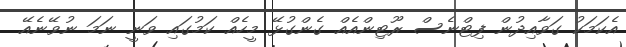
އެކަމަކު ގަވާއިދުން ފިޓްނެސް ރޫޓިންއެއް ގެންގުޅޭ މީހެއް ކަމުގައި ވަނީ ނަމަ ނުވޭނެއޭ